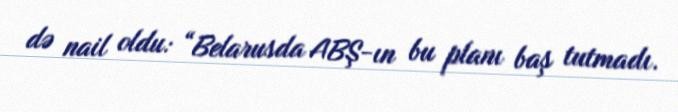
də nail oldu: “Belarusda ABŞ-ın bu planı baş tutmadı.